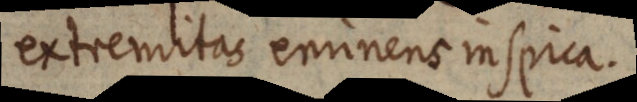
extremitas eminens inspica.